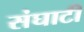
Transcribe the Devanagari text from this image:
संघाटी